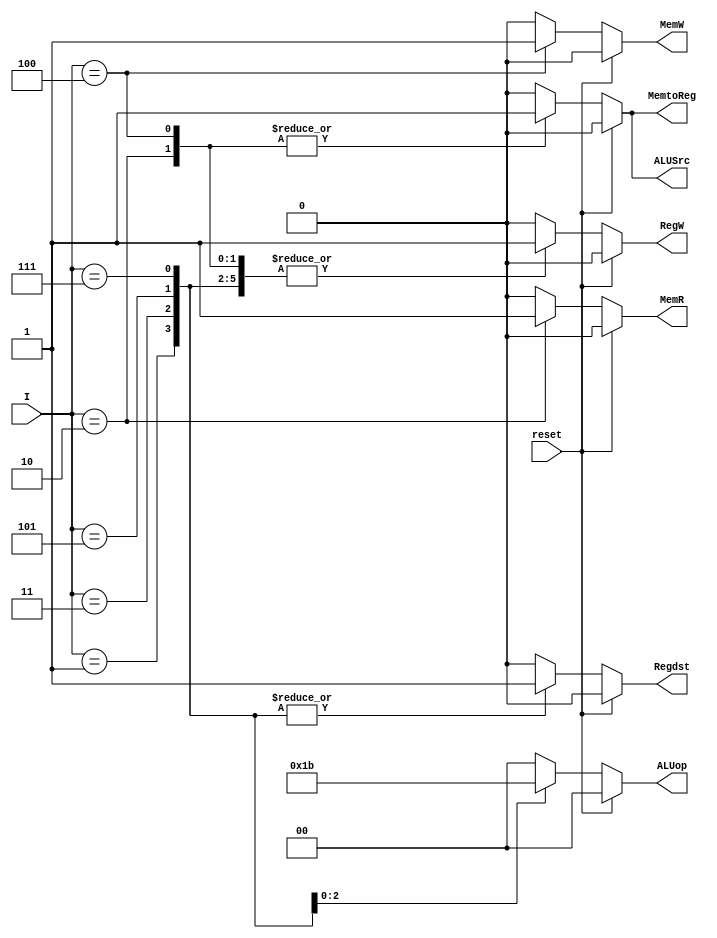
module CONTROLLER(I,Regdst,RegW,ALUSrc,MemW,MemR,MemtoReg,ALUop,reset);
input [5:0] I;
output reg Regdst, RegW, ALUSrc,MemW,MemR,MemtoReg;
output reg [1:0] ALUop;
input reset;

always@(*)
begin
if(reset) begin
	ALUop = 0;
	Regdst = 0;
	MemR = 0;
	MemW = 0;
	MemtoReg = 0;
	ALUSrc =0;
	RegW = 0;
end else 
begin
case(I[5:0])
	//add 1
	6'b000001:
	begin
	ALUop = 2'b00;
	Regdst = 1;
	RegW = 1;
	MemR = 0;
	MemW = 0;
	MemtoReg =0;
	ALUSrc = 0;
	end
	//sub 3 
	6'b000011:
	begin
	ALUop = 2'b01;
	Regdst = 1;
	RegW = 1;
	MemR = 0;
	MemW = 0;
	MemtoReg =0;
	ALUSrc = 0;
	end
	//and 5 
	6'b000101:
	begin
	ALUop = 2'b10;
	Regdst = 1;
	RegW = 1;
	MemR = 0;
	MemW = 0;
	MemtoReg =0;
	ALUSrc = 0;
	end
	//or 7
	6'b000111:
	begin
	ALUop = 2'b11;
	Regdst = 1;
	RegW = 1;
	MemR = 0;
	MemW = 0;
	MemtoReg =0;
	ALUSrc = 0;
	end
	//lw 2
	6'b000010:
	begin
	ALUop = 2'b00;
	Regdst = 0;
	RegW = 1;
	MemR = 1;
	MemW = 0;
	MemtoReg =1;
	ALUSrc = 1;
	end
	//sw 4
	6'b000100:
	begin
	ALUop = 2'b00;
	Regdst = 0;
	RegW = 1;
	MemR = 0;
	MemW = 1;
	MemtoReg =1;
	ALUSrc = 1;
	end
	default begin
	ALUop = 0;
	Regdst = 0;
	RegW = 0;
	MemR = 0;
	MemW = 0;
	MemtoReg =0;
	ALUSrc = 0;
	end
endcase
end
end
endmodule